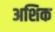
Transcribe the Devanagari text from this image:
अशिक